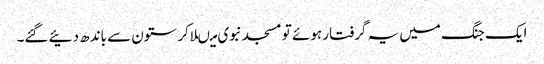
ایک جنگ میں یہ گرفتار ہوئے تو مسجد نبوی میںلاکر ستون سے باندھ دئیے گئے۔